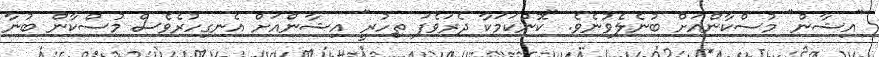
"އިޝާން" މުސްކާންއަށް ބުނެލެވުނެވެ. "ކޮންކަމަކާ ދެރަވެފަ ތިހުރީ" އިޝާންއަށް އެނގިހުރެވެސް މުސްކާން ބުނާ